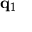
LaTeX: \mathbf { q } _ { 1 }